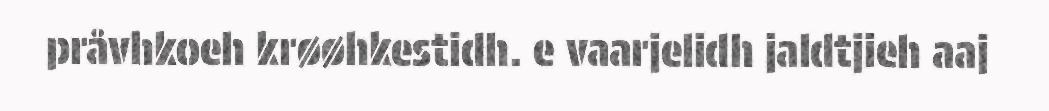
pråvhkoeh krøøhkestidh. e vaarjelidh jaldtjieh aaj